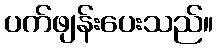
ပက်ဖျန်းပေးသည်။